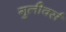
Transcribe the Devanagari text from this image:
गुलीवर्स